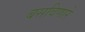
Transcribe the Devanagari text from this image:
बसविणारे